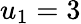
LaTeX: u_{1}=3